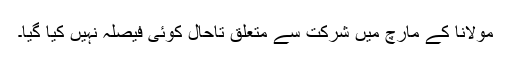
مولانا کے مارچ میں شرکت سے متعلق تاحال کوئی فیصلہ نہیں کیا گیا۔